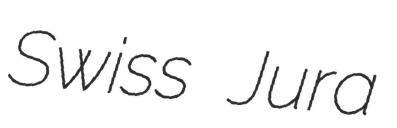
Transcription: Swiss Jura